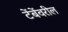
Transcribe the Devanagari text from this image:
टेंबेंवरील